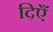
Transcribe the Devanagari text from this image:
दिएँ